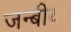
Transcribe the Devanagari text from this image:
जन्बीया